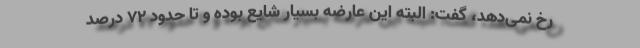
رخ نمی‌دهد، گفت: البته این عارضه بسیار شایع بوده و تا حدود ۷۲ درصد